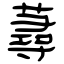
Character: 蕁